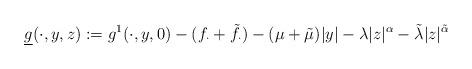
LaTeX: \begin{align*}\underline{g}(\cdot,y,z):=g^1(\cdot,y,0)-(f_\cdot+\tilde f_\cdot)-(\mu+\tilde\mu)|y|-\lambda |z|^\alpha-\tilde\lambda |z|^{\tilde\alpha}\end{align*}